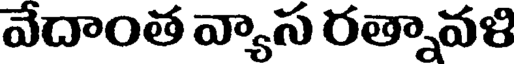
వేదాంత వ్యాస రత్నావళి